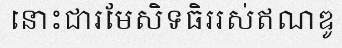
នោះជារមែសិទធិររស់ឥណឌូ